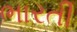
ભારતી